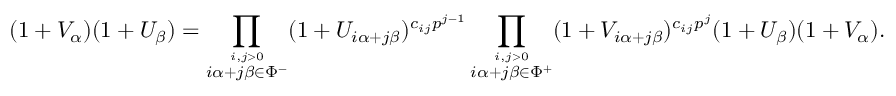
( 1 + V _ { \alpha } ) ( 1 + U _ { \beta } ) = \prod _ { \stackrel { i , j > 0 } { i \alpha + j \beta \in \Phi ^ { - } } } ( 1 + U _ { i \alpha + j \beta } ) ^ { c _ { i j } p ^ { j - 1 } } \prod _ { \stackrel { i , j > 0 } { i \alpha + j \beta \in \Phi ^ { + } } } ( 1 + V _ { i \alpha + j \beta } ) ^ { c _ { i j } p ^ { j } } ( 1 + U _ { \beta } ) ( 1 + V _ { \alpha } ) .